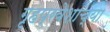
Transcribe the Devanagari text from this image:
गृहप्रवेशाच्या